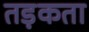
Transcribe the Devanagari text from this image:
तड़कता